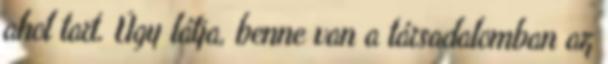
ahol tart. Úgy látja, benne van a társadalomban az